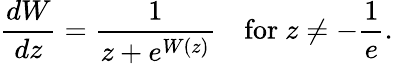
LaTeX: {\frac{dW}{dz}}={\frac{1}{z+e^{W(z)}}}\quad{\mathrm{for~}}z\neq-{\frac{1}{e}}.